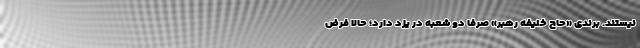
نیستند. برندی «حاج خلیفه رهبر» صرفا دو شعبه در یزد دارد؛ حالا فرض